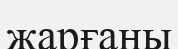
жарғаны